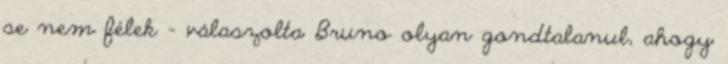
se nem félek – válaszolta Bruno olyan gondtalanul, ahogy